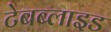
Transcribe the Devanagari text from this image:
टेबब्लाइड